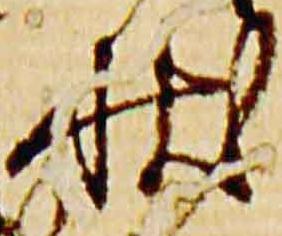
状